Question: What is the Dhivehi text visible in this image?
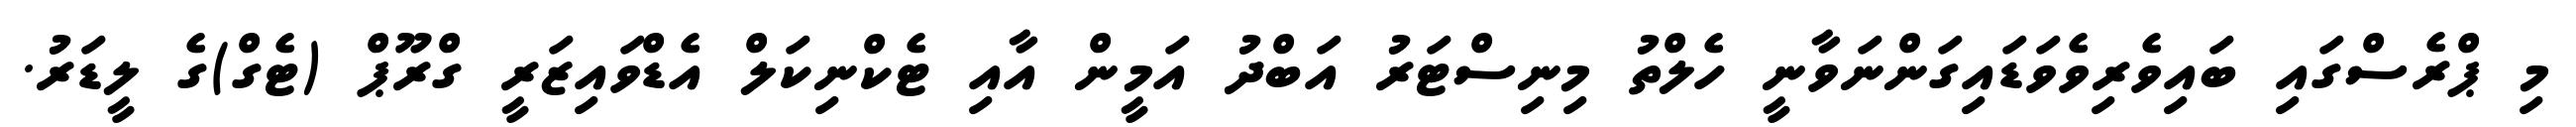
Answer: މި ޕްރެސްގައި ބައިވެރިވެވަޑައިގަންނަވާނީ ހެލްތު މިނިސްޓަރު އަބްދު އަމީން އާއި ޓެކްނިކަލް އެޑްވައިޒަރީ ގްރޫޕް (ޓެގް)ގެ ލީޑަރު.